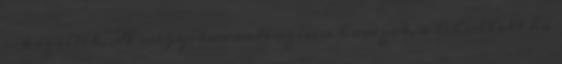
- közölték. A megyében intenzíven havazik, a lehullott hó